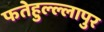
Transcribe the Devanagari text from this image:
फतेहुल्ल्लापुर